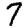
Digit: 7